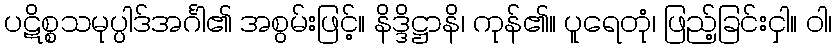
ပဋိစ္စသမုပ္ပါဒ်အင်္ဂါ၏ အစွမ်းဖြင့်။ နိဒ္ဒိဋ္ဌာနိ၊ ကုန်၏။ ပူရေတုံ၊ ဖြည့်ခြင်းငှါ။ ဝါ၊